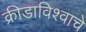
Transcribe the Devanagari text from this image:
क्रीडाविश्वाचे